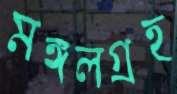
মঙ্গলগ্রহ